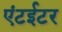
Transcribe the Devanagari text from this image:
एंटईटर